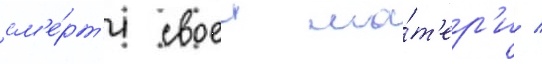
см'е́рт'и своеи ма́т'ер'и /